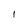
Character: 1